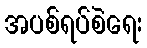
အပစ်ရပ်စဲရေး